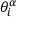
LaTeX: \theta _ { i } ^ { \alpha }